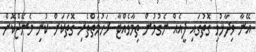
އޭނާ ވިދާޅުވި ގޮތުގައި ފީއެއް ނެގުމުން ތިމާވެއްޓާ ރަހުމަތްތެރި ގޮތަކަށް ކުނި މެނޭޖްކޮށް